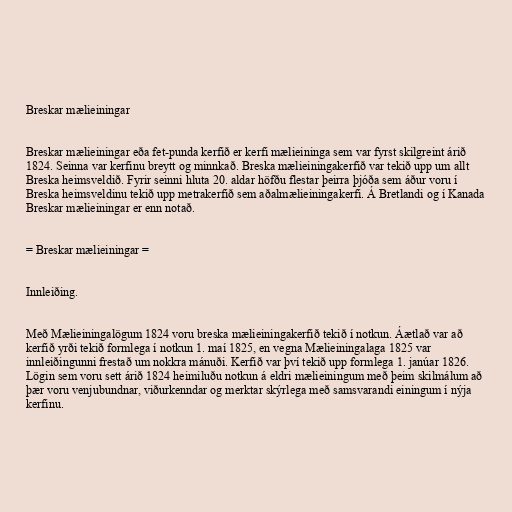
Breskar mælieiningar

Breskar mælieiningar eða fet-punda kerfið er kerfi mælieininga sem var fyrst skilgreint árið
1824. Seinna var kerfinu breytt og minnkað. Breska mælieiningakerfið var tekið upp um allt
Breska heimsveldið. Fyrir seinni hluta 20. aldar höfðu flestar þeirra þjóða sem áður voru í
Breska heimsveldinu tekið upp metrakerfið sem aðalmælieiningakerfi. Á Bretlandi og í Kanada
Breskar mælieiningar er enn notað.

= Breskar mælieiningar =

Innleiðing.

Með Mælieiningalögum 1824 voru breska mælieiningakerfið tekið í notkun. Áætlað var að
kerfið yrði tekið formlega í notkun 1. maí 1825, en vegna Mælieiningalaga 1825 var
innleiðingunni frestað um nokkra mánuði. Kerfið var því tekið upp formlega 1. janúar 1826.
Lögin sem voru sett árið 1824 heimiluðu notkun á eldri mælieiningum með þeim skilmálum að
þær voru venjubundnar, viðurkenndar og merktar skýrlega með samsvarandi einingum í nýja
kerfinu.